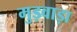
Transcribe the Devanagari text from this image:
मुड़वाड़ा